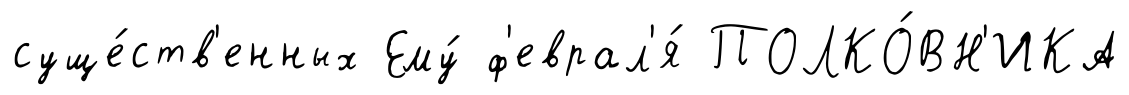
суще́ств'енных Ему́ ф'еврал'я́ ПОЛКО́ВН'ИКА